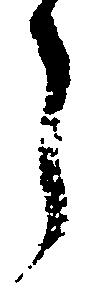
う